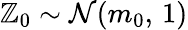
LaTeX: \mathbb{Z}_{0}\sim\mathcal{{N}}(m_{0},\, 1)